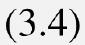
$(3.4)$